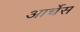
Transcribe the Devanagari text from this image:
आर्चेस